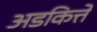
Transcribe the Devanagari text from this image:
अडकित्ते